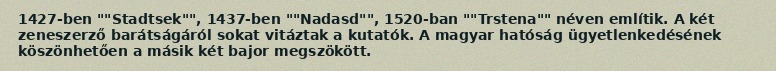
1427-ben ""Stadtsek"", 1437-ben ""Nadasd"", 1520-ban ""Trstena"" néven említik. A két zeneszerző barátságáról sokat vitáztak a kutatók. A magyar hatóság ügyetlenkedésének köszönhetően a másik két bajor megszökött.